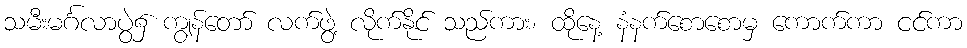
သမီးမင်္ဂလာပွဲ၌ ကျွန်တော် လက်ဖွဲ့ လိုက်နိုင် သည်ကား၊ ထိုနေ့ နံနက်စောစောမှ ကောက်ကာ ငင်ကာ